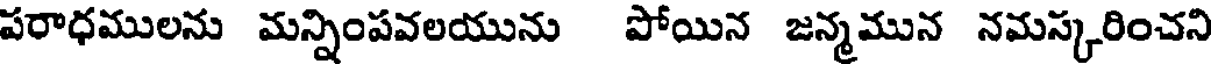
పరాధములను మన్నింపవలయును పోయిన జన్మమున నమస్కరించని